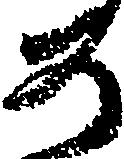
如